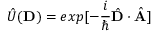
\hat { U } ( \mathbf { D } ) = e x p [ - \frac { i } { \hbar } \hat { \mathbf { D } } \cdot \hat { \mathbf { A } } ]